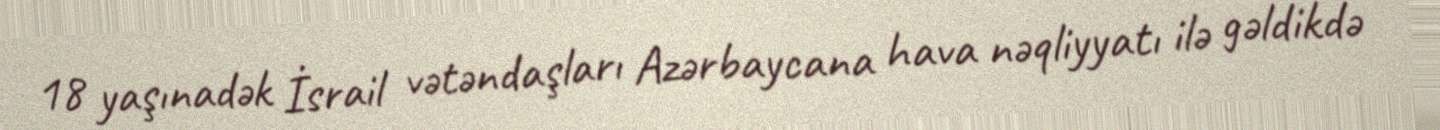
18 yaşınadək İsrail vətəndaşları Azərbaycana hava nəqliyyatı ilə gəldikdə